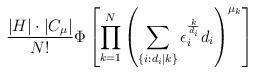
LaTeX: \begin{align*} \frac{|H|\cdot |C_\mu|}{N!}\Phi\left[\prod_{k=1}^{N}\left(\sum_{\{i: d_i|k\}}\epsilon_i^{\frac{k}{d_i}}d_i\right)^{\mu_k}\right]\end{align*}